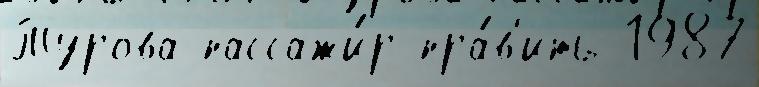
Турова пассажи́р пра́в'ить 1987